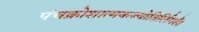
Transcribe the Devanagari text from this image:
पंचक्रोशात्मकज्योतिर्लिगहै।